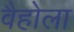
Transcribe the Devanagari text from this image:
वैहोला